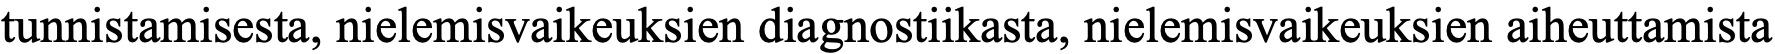
tunnistamisesta, nielemisvaikeuksien diagnostiikasta, nielemisvaikeuksien aiheuttamista